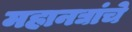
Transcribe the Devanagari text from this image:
महानद्यांचे